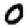
Digit: 0